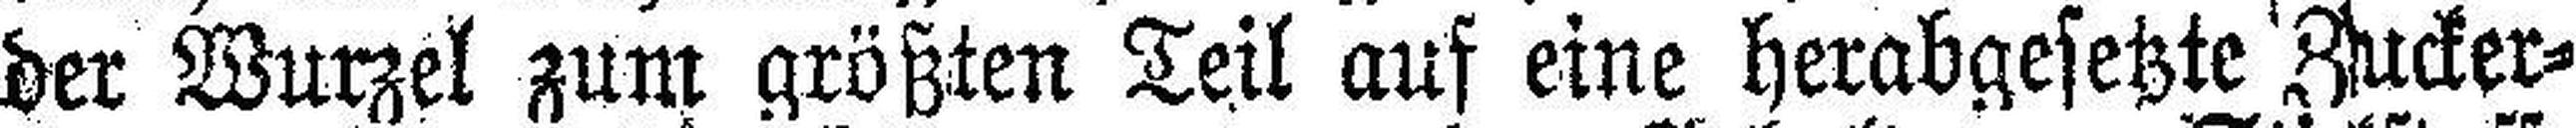
der Wurzel zum größten Teil auf eine herabgesetzte (Zucker¬